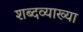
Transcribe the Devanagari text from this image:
शब्दव्याख्या